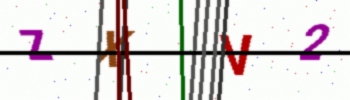
Text: ZXV2